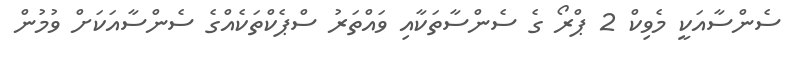
ސެންސާއަކީ މެވިކް 2 ޕްރޯ ގެ ސެންސާތަކާއި ވައްތަރު ސްޕެކްތަކެއްގެ ސެންސާއަކަށް ވުމުން